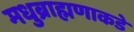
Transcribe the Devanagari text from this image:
मधुब्राह्मणाकडे